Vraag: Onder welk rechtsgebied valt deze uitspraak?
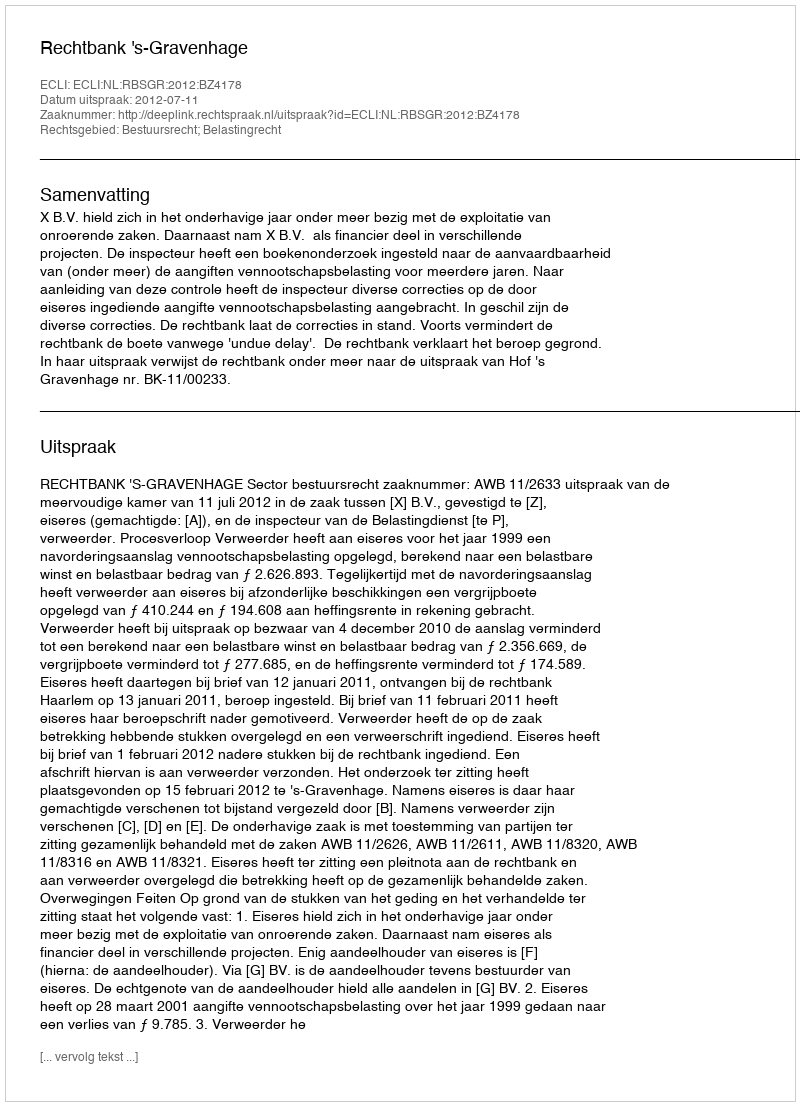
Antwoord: Bestuursrecht; Belastingrecht